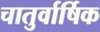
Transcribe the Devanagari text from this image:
चातुर्वार्षिक